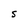
Character: S